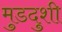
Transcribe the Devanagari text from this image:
मुडदुशी